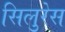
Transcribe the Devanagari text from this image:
सिलुरेस